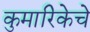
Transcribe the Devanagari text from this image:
कुमारिकेचे